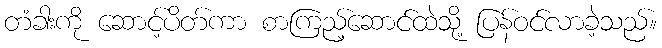
တံခါးကို ဆောင့်ပိတ်ကာ စာကြည့်ဆောင်ထဲသို့ ပြန်ဝင်လာခဲ့သည်။